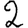
Digit: 2